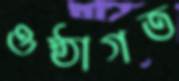
ওষ্ঠাগত